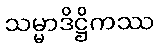
သမ္မာဒိဋ္ဌိကဿ